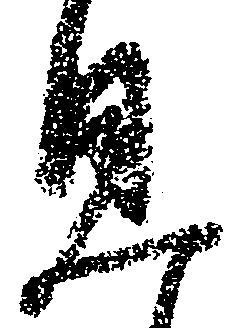
見